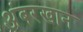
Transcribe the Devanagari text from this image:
अंबरखान